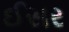
ઈસર